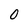
Character: 0